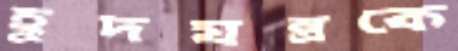
হূদযন্ত্রকে